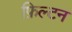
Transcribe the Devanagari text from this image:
फ़िल्टन